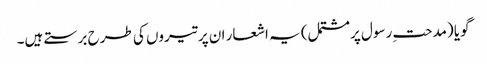
گویا (مدحتِ رسول پرمشتمل) یہ اشعار ان پر تیروں کی طرح برستے ہیں۔